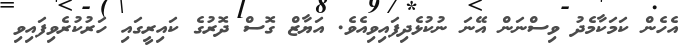
އެހެން ކަމަކާމެދު ވިސްނަން އޭނަ ނުކުޅެދިފައިވިއެވެ. އަޔާޒް ގޮސް ދޮރުގެ ކައިރީގައި ހަރުކުރެވިފައިވި